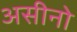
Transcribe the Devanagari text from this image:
असीनो